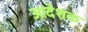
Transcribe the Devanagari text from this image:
आदेशक